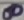
Text: 8